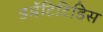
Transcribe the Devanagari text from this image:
डर्मेटिटिडिस